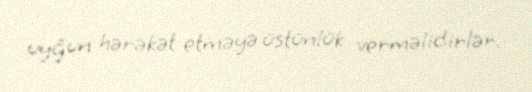
uyğun hərəkət etməyə üstünlük verməlidirlər.